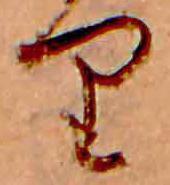
り